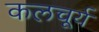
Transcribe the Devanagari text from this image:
कलचूर्य